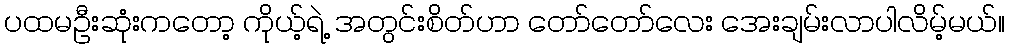
ပထမဦးဆုံးကတော့ ကိုယ့်ရဲ့ အတွင်းစိတ်ဟာ တော်တော်လေး အေးချမ်းလာပါလိမ့်မယ်။